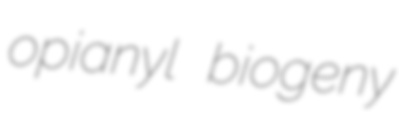
opianyl biogeny